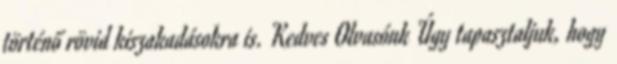
történő rövid kiszakadásokra is. Kedves Olvasónk Úgy tapasztaljuk, hogy